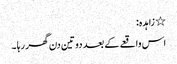
٭ زاہدہ:
اس واقعے کے بعد دو تین دن گھر رہا ۔